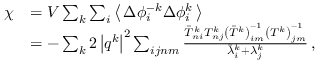
\begin{array} { r l } { \chi } & { = V \sum _ { k } \sum _ { i } \left\langle \, \Delta \phi _ { i } ^ { - k } \Delta \phi _ { i } ^ { k } \, \right\rangle } \\ & { = - \sum _ { k } 2 \left\vert \boldsymbol { q } ^ { k } \right\vert ^ { 2 } \sum _ { i j n m } \frac { \bar { T } _ { n i } ^ { k } T _ { n j } ^ { k } \left( \bar { T } ^ { k } \right) _ { i m } ^ { - 1 } \left( T ^ { k } \right) _ { j m } ^ { - 1 } } { \bar { \lambda } _ { i } ^ { k } + \lambda _ { j } ^ { k } } \, , } \end{array}